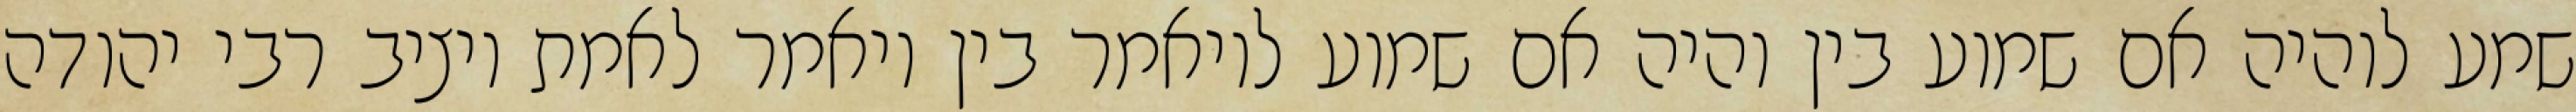
שמע לוהיה אם שמוע בין והיה אם שמוע לויאמר בין ויאמר לאמת ויציב רבי יהודה